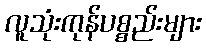
လူသုံးကုန်ပစ္စည်းများ